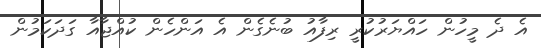
އެ ދެ މީހުން ހައްޔަރުކުރީ ރިފާއު ބުނެގެން އެ އަންހެން ކުއްޖާއާ ގަދަކަމުން